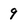
Character: 9